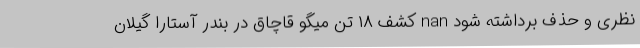
نظری و حذف برداشته شود nan کشف ۱۸ تن میگو قاچاق در بندر آستارا گیلان